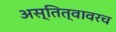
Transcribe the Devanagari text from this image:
अस्तित्वावरच